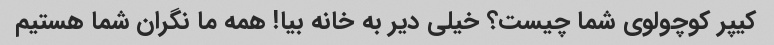
کیپر کوچولوی شما چیست؟ خیلی دیر به خانه بیا! همه ما نگران شما هستیم